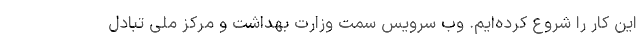
این کار را شروع کرده‌ایم. وب سرویس سمت وزارت بهداشت و مرکز ملی تبادل